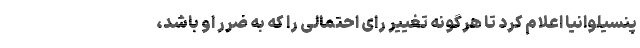
پنسیلوانیا اعلام کرد تا هرگونه تغییر رای احتمالی را که به ضرر او باشد،